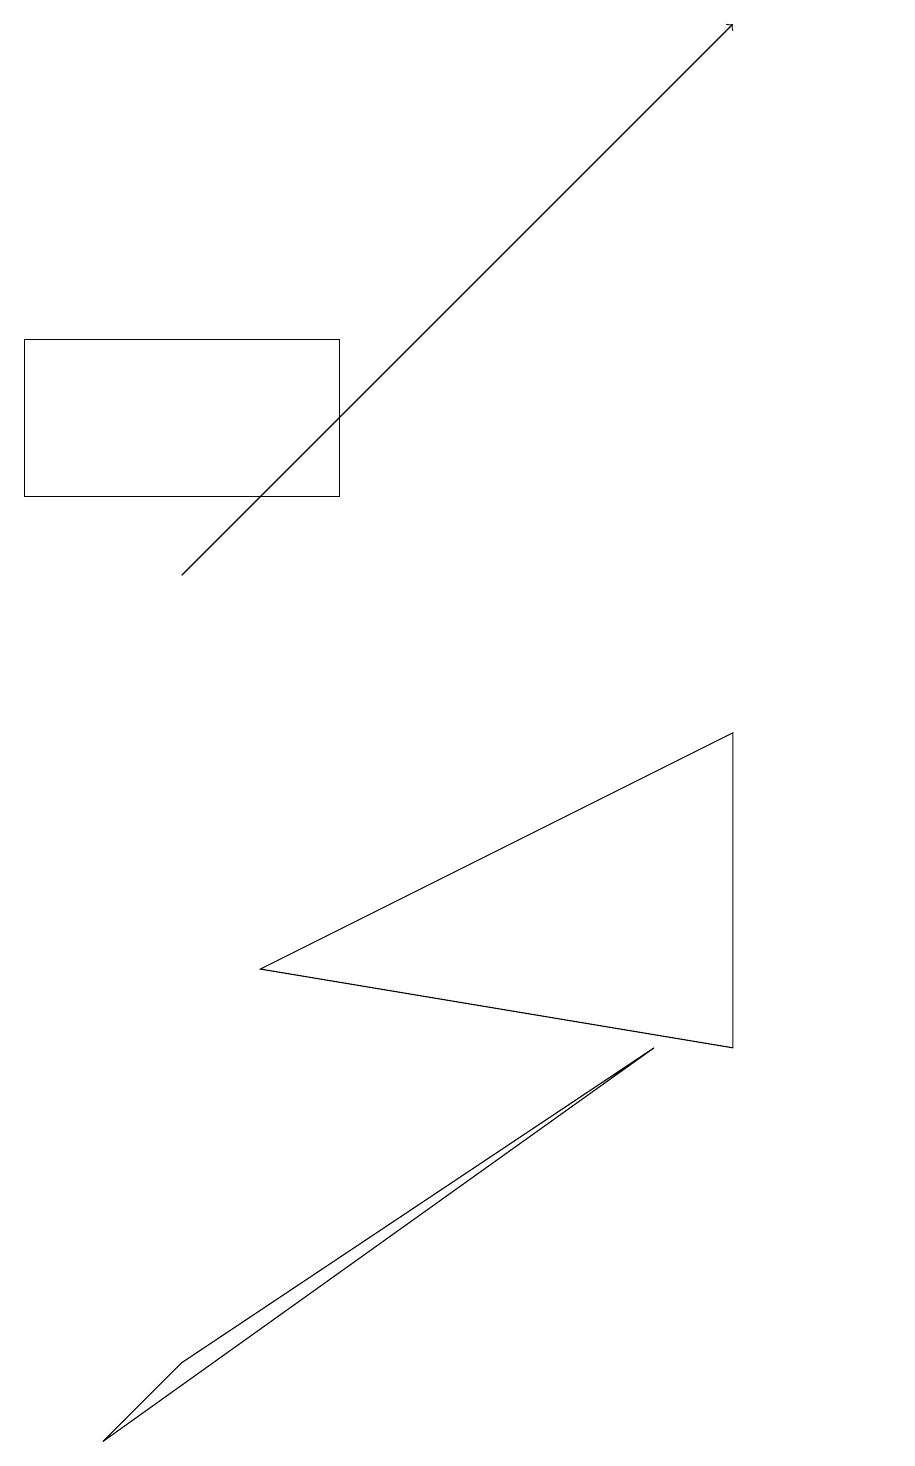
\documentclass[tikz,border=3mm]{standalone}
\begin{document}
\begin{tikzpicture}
\draw (11,12) circle (0);
\draw (0,12) rectangle (4,14);
\draw (3,6) -- (9,9) -- (9,5) -- cycle;
\draw[->] (2,11) -- (9,18);
\draw (2,1) -- (1,0) -- (8,5) -- cycle;
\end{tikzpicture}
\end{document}